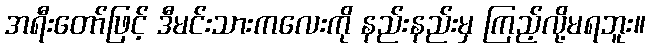
အရီးတော်ဖြင့် ဒီမင်းသားကလေးကို နည်းနည်းမှ ကြည့်လို့မရဘူး။